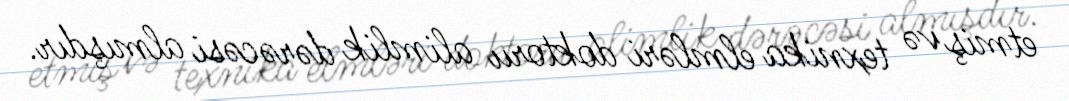
etmiş və texnika elmləri doktoru alimlik dərəcəsi almışdır.